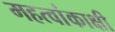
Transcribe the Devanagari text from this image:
महत्वांकाक्षी